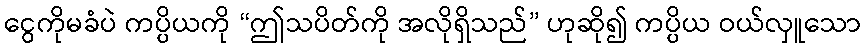
ငွေကိုမခံပဲ ကပ္ပိယကို “ဤသပိတ်ကို အလိုရှိသည်” ဟုဆို၍ ကပ္ပိယ ဝယ်လှူသော